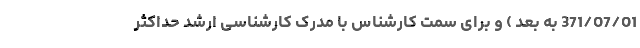
371/07/01 به بعد ) و برای سمت کارشناس با مدرک کارشناسی ارشد حداکثر